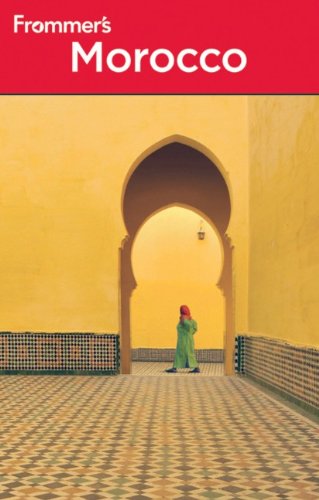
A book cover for Frommer's Morocco (Frommer's Complete Guides); Darren Humphrys; Travel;